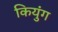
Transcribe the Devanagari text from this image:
कियुंग